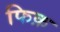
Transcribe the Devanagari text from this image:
फिक़